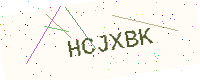
Text: HCJXBK